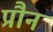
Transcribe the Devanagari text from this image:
प्रौन